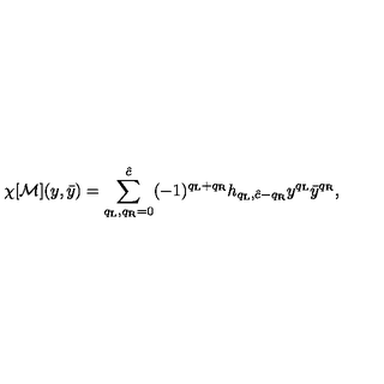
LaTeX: \chi [ { \cal M } ] ( y , \bar { y } ) = \sum _ { q _ { \mathrm { L } } , q _ { \mathrm { R } } = 0 } ^ { \hat { c } } ( - 1 ) ^ { q _ { \mathrm { L } } + q _ { \mathrm { R } } } h _ { q _ { \mathrm { L } } , \hat { c } - q _ { \mathrm { R } } } y ^ { q _ { \mathrm { L } } } \bar { y } ^ { q _ { \mathrm { R } } } ,